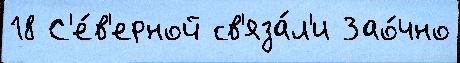
18 С'е́в'ерной св'яза́л'и Зао́чно